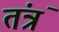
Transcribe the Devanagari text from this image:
तंत्रं